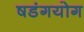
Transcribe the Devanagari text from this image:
षडंगयोग